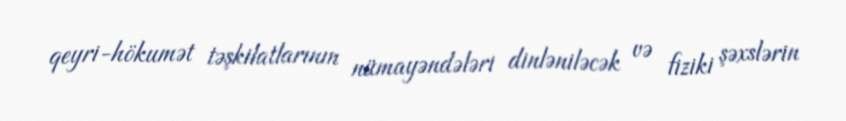
qeyri-hökumət təşkilatlarının nümayəndələri dinləniləcək və fiziki şəxslərin